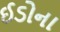
ઈડોના